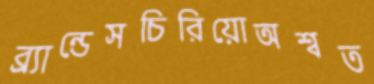
ব্র্যান্ডেসচিরিয়োঅশ্বত